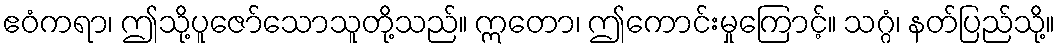
ဧဝံကရာ၊ ဤသို့ပူဇော်သောသူတို့သည်။ ဣတော၊ ဤကောင်းမှုကြောင့်။ သဂ္ဂံ၊ နတ်ပြည်သို့။